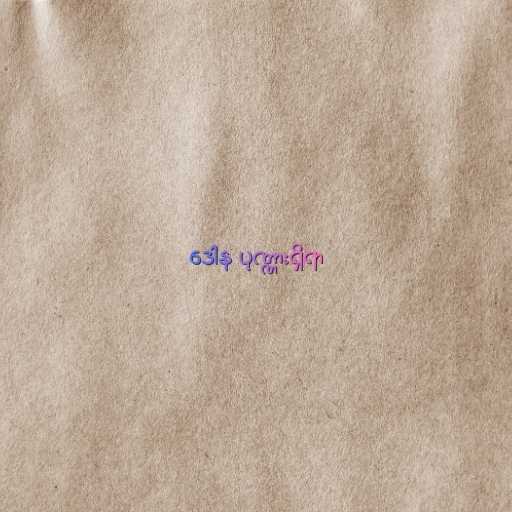
ဒေါန ပုဏ္ဏားရှိရာ